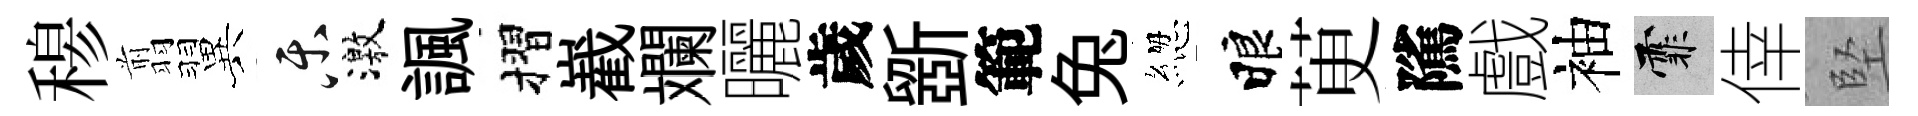
𥠇翦翼乐激諷摺嶻斕曬歲斵範兔緫睱茰隲戲袖霏倖堅